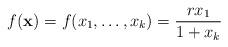
LaTeX: \begin{align*}f(\mathbf{x})= f(x_1,\dots,x_k)= \frac{r x_1}{1+x_k}\end{align*}